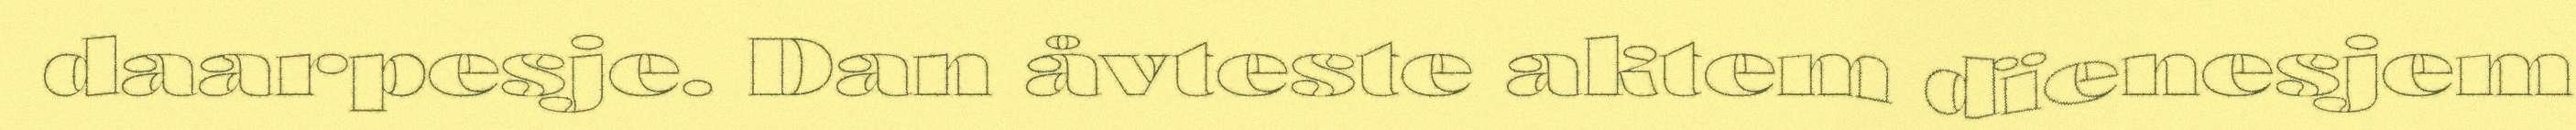
daarpesje. Dan åvteste aktem dïenesjem